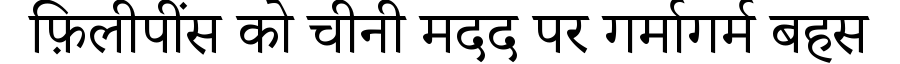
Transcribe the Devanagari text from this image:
फ़िलीपींस को चीनी मदद पर गर्मागर्म बहस